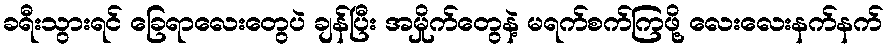
ခရီးသွားရင် ခြေရာလေးတွေပဲ ချန်ပြီး အမှိုက်တွေနဲ့ မရက်စက်ကြဖို့ လေးလေးနက်နက်